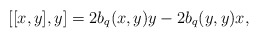
\begin{align*}[[x,y],y]=2b_q(x,y)y-2b_q(y,y)x,\end{align*}